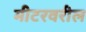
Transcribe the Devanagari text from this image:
मीटरवरील